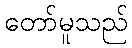
တော်မူသည်